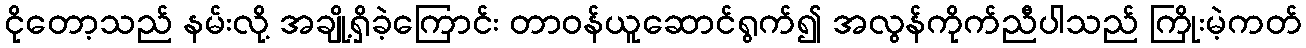
ငိုတော့သည် နမ်းလို့ အချို့ရှိခဲ့ကြောင်း တာဝန်ယူဆောင်ရွက်၍ အလွန်ကိုက်ညီပါသည် ကြိုးမဲ့ကတ်